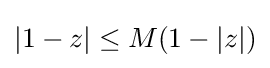
|1-z|\leq M(1-|z|)